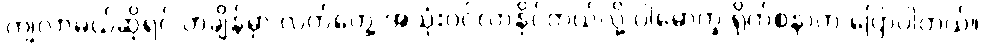
ကျလာမယ်ဆိုရင် တချိန်မှာ လက်တွေ့ အသုံးဝင်လာနိုင်တယ်လို့ ပါမောက္ခ ရိုက်စနာက ပြောပါတယ်။